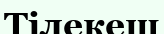
Тілекеш